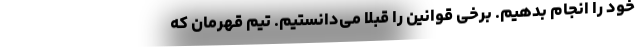
خود را انجام بدهیم. برخی قوانین را قبلا می‌دانستیم. تیم قهرمان که